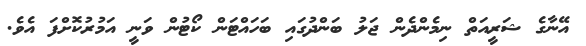
އޭނާގެ ޝަރީއަތް ނިމެންދެން ޖަލު ބަންދުގައި ބަހައްޓަން ކޯޓުން ވަނީ އަމުރުކޮށްފަ އެވެ.